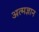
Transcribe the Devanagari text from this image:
अत्मज्ञान